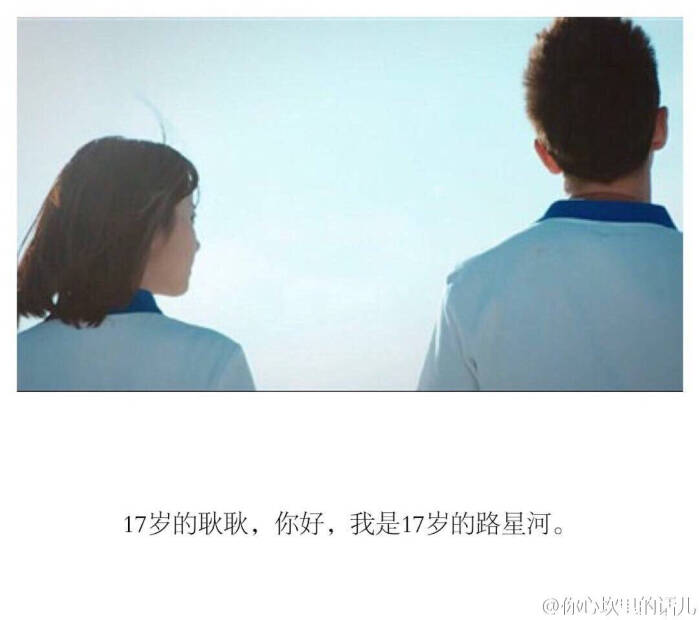
迟迟钟鼓初长夜，耿耿星河欲曙天。